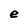
Character: e